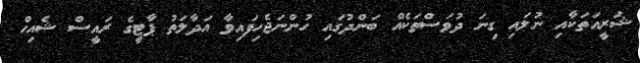
ޝަރީއަތަކާއި ނުލައި ގިނަ ދުވަސްތަކެއް ބަންދުގައި ހުންނަޖެހިފައިވާ އަދާލަތު ޕާޓީގެ ރައީސް ޝެއިހް